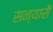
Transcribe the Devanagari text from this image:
सन्यासै